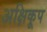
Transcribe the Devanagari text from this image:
अक्षिकूप